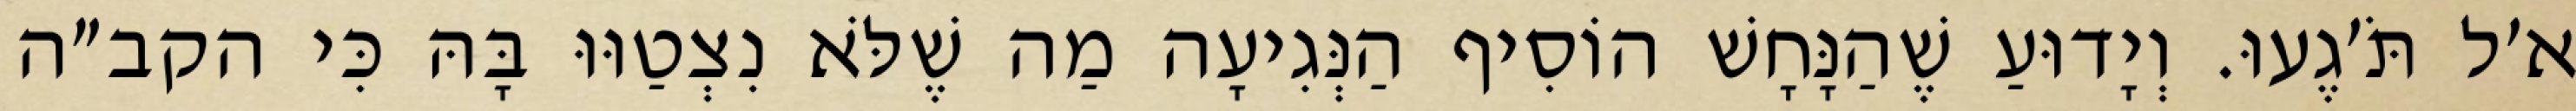
א׳ל תֹּ׳גֶעוּ. וְיָדוּעַ שֶׁהַנָּחָשׁ הוֹסִיף הַנְּגִיעָה מַה שֶׁלֹּא נִצְטַוּוּ בָּהּ כִּי הקב״ה